Civil Veterinary Dept. North-West Frontier Province 1933-46 - 1933-1946
Year: 1933
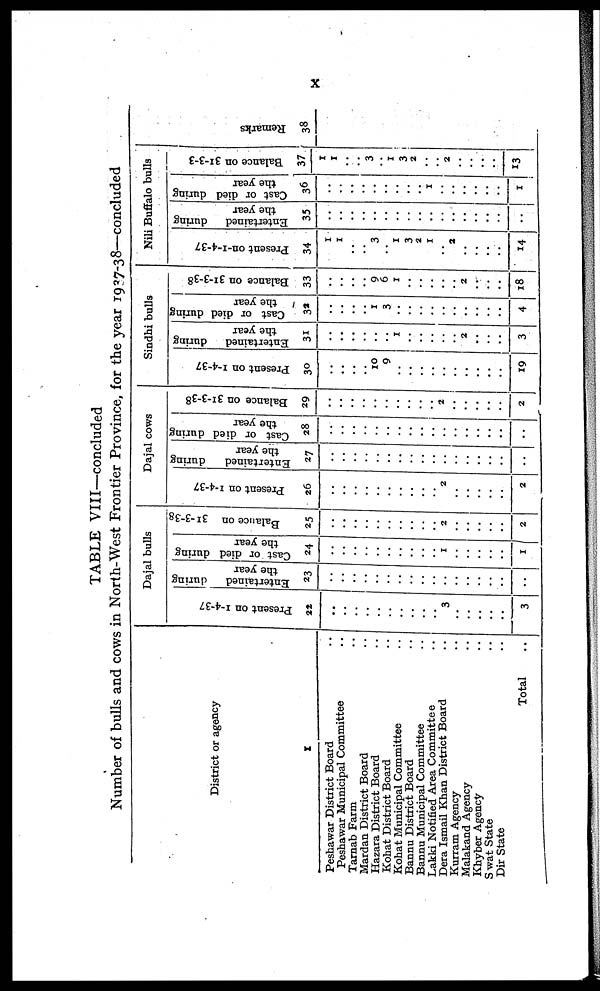
X
TABLE VIII—concluded
Number of bulls and cows in North-West Frontier Province, for the year 1937-38—concluded
District or agency
1
Peshawar District Board..
Peshawar Municipal Committee..
Tarnab Farm..
Mardan District Board..
Hazara District Board..
Kohat District Board..
Kohat Municipal Committee..
Bannu District Board..
Bannu Municipal Committee..
Lakki Notified Area Committee..
Dera Ismail Khan District Board..
Kurram Agency..
Malakand Agency..
Khyber Agency..
Swat State..
Dir State..
Total..
Dajal bulls
Present on 1-4-37
22
..
..
..
..
..
..
..
..
..
..
3
..
..
..
..
..
3
Entertained
during
the year
23
..
..
..
..
..
..
..
..
..
..
..
..
..
..
..
..
..
Cast or died during
the year
24
..
..
..
..
..
..
..
..
..
..
1
..
..
..
..
..
1
Balance on 31-3-38
25
..
..
..
..
..
..
..
..
..
..
2
..
..
..
..
..
2
Dajal cows
Present on 1-4-37
26
..
..
..
..
..
..
..
..
..
..
2
..
..
..
..
..
2
Entertained
during
the year
27
..
..
..
..
..
..
..
..
..
..
..
..
..
..
..
..
..
Cast or died during
the year
28
..
..
..
..
..
..
..
..
..
..
..
..
..
..
..
..
..
Balance on 31-3-38
29
..
..
..
..
..
..
..
..
..
..
..
..
..
..
..
..
2
Sindhi bulls
Present on 1-4-37
30
..
..
..
..
10
9
..
..
..
..
..
..
..
..
..
..
19
Entertained
during
the year
31
..
..
..
..
..
..
1
..
..
..
..
..
..
..
..
..
3
Cast or died during
the year
32
..
..
..
..
1
3
..
..
..
..
..
..
..
..
..
..
4
Balance on 31-3-38
33
..
..
..
..
9
6
1
..
..
..
..
..
2
..
..
..
18
Nili Buffalo bulls
Present on-1-4-37
34
1
1
..
..
3
..
1
3
2
1
..
2
..
..
..
..
14
Entertained
during
the year
35
..
..
..
..
..
..
..
..
..
..
..
..
..
..
..
..
..
Cast or died during
the year
36
..
..
..
..
..
..
..
..
..
..
..
..
..
..
..
..
1
Balance on 31-3-3
37
1
1
..
..
3
..
1
3
2
..
..
..
..
..
..
..
13
Remarks
38